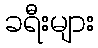
ခရီးများ